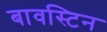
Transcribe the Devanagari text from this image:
बावस्टिन